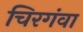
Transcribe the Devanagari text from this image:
चिरगंवा